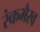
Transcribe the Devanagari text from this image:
रंकभैरव